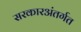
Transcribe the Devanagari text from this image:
सरकारअंतर्गत